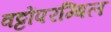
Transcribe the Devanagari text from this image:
वट्टोंपरम्बिल